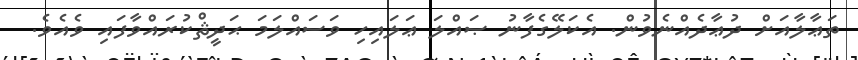
ތަޢާލާއަށް ދުޢާދެއްނެވުން. އެކަލޭގެފާނު ޞައްލަ ޢަލައިހި ވަސައްލަމަ ޙަދީޘްކުރައްވާފައި ވެއެވެ.